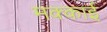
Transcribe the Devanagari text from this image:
मक्काई